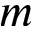
m